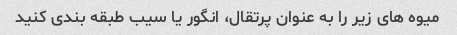
میوه های زیر را به عنوان پرتقال، انگور یا سیب طبقه بندی کنید